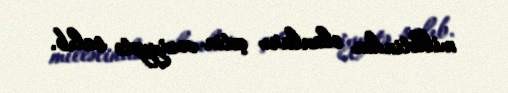
millətindən olanları çətin vəziyyətə salıb.